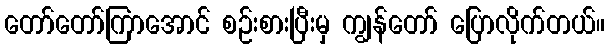
တော်တော်ကြာအောင် စဉ်းစားပြီးမှ ကျွန်တော် ပြောလိုက်တယ်။